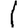
Digit: 1